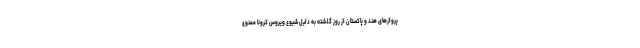
پروازهای هند و پاکستان از روز گذشته به دلیل شیوع ویروس کرونا ممنوع